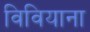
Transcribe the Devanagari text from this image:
विवियाना